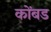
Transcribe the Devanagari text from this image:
कोंबड